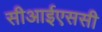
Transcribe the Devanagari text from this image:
सीआईएससी